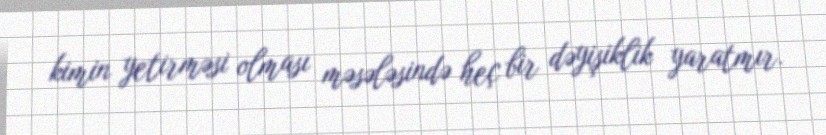
kimin yetirməsi olması məsələsində heç bir dəyişiklik yaratmır.